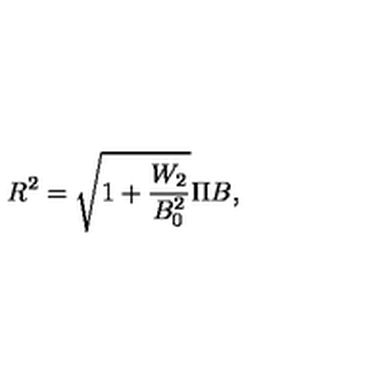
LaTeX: R ^ { 2 } = \sqrt { 1 + \frac { W _ { 2 } } { B _ { 0 } ^ { 2 } } } \Pi B ,